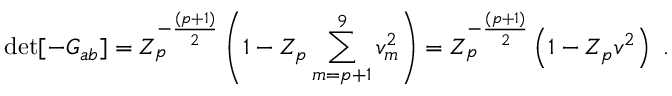
\operatorname * { d e t } [ - G _ { a b } ] = Z _ { p } ^ { - { \frac { ( p + 1 ) } { 2 } } } \left( 1 - Z _ { p } \sum _ { m = p + 1 } ^ { 9 } v _ { m } ^ { 2 } \right) = Z _ { p } ^ { - { \frac { ( p + 1 ) } { 2 } } } \left( 1 - Z _ { p } v ^ { 2 } \right) \ .